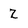
Character: Z